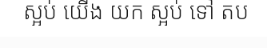
ស្អប់ យើង យក ស្អប់ ទៅ តប